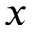
x